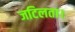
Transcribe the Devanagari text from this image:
जटिलता।